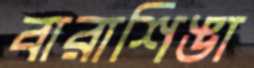
বারাশিঙা